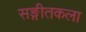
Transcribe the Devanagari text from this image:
सङ्गीतकला